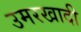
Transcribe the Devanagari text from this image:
उमरखादी